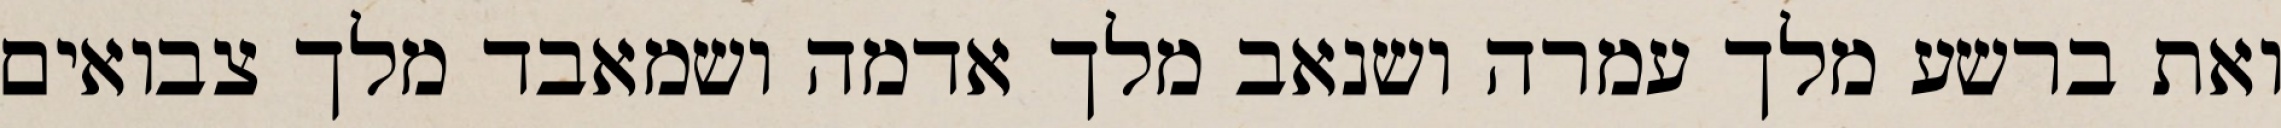
ואת ברשע מלך עמרה ושנאב מלך אדמה ושמאבד מלך צבואים